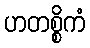
ဟတစ္စိကံ